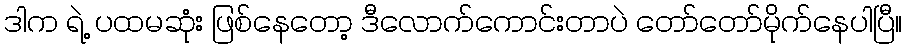
ဒါက ရဲ့ ပထမဆုံး ဖြစ်နေတော့ ဒီလောက်ကောင်းတာပဲ တော်တော်မိုက်နေပါပြီ။